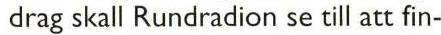
 drag skall Rundradion se till att fin-